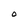
Character: O